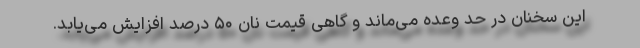
این سخنان در حد وعده‌ می‌‌ماند و گاهی قیمت نان ۵۰ درصد افزایش می‌یابد.